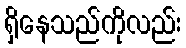
ရှိနေသည်ကိုလည်း